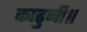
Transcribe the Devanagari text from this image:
काढुनी॥